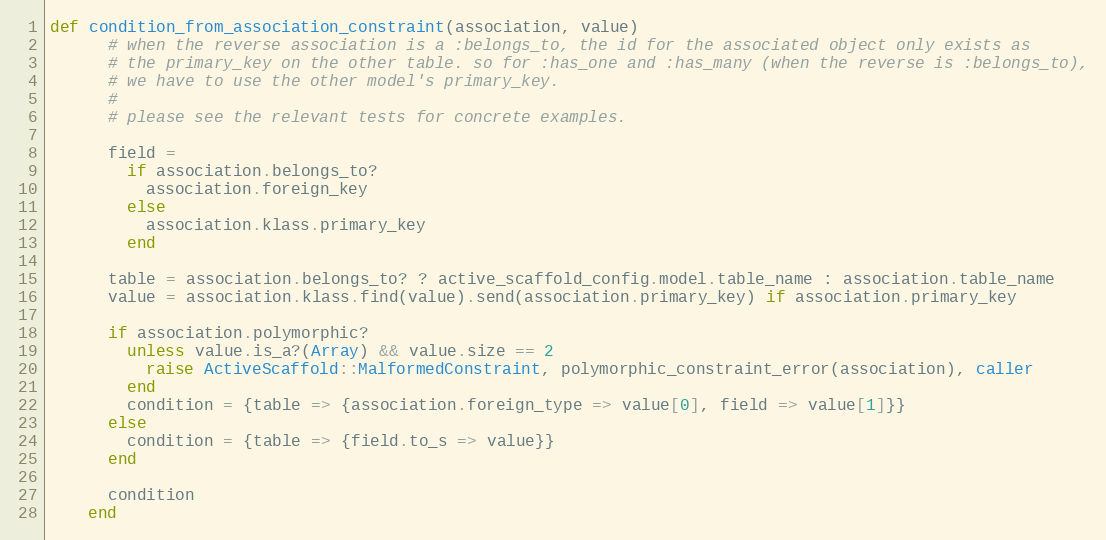
Language: Ruby
def condition_from_association_constraint(association, value)
      # when the reverse association is a :belongs_to, the id for the associated object only exists as
      # the primary_key on the other table. so for :has_one and :has_many (when the reverse is :belongs_to),
      # we have to use the other model's primary_key.
      #
      # please see the relevant tests for concrete examples.

      field =
        if association.belongs_to?
          association.foreign_key
        else
          association.klass.primary_key
        end

      table = association.belongs_to? ? active_scaffold_config.model.table_name : association.table_name
      value = association.klass.find(value).send(association.primary_key) if association.primary_key

      if association.polymorphic?
        unless value.is_a?(Array) && value.size == 2
          raise ActiveScaffold::MalformedConstraint, polymorphic_constraint_error(association), caller
        end
        condition = {table => {association.foreign_type => value[0], field => value[1]}}
      else
        condition = {table => {field.to_s => value}}
      end

      condition
    end